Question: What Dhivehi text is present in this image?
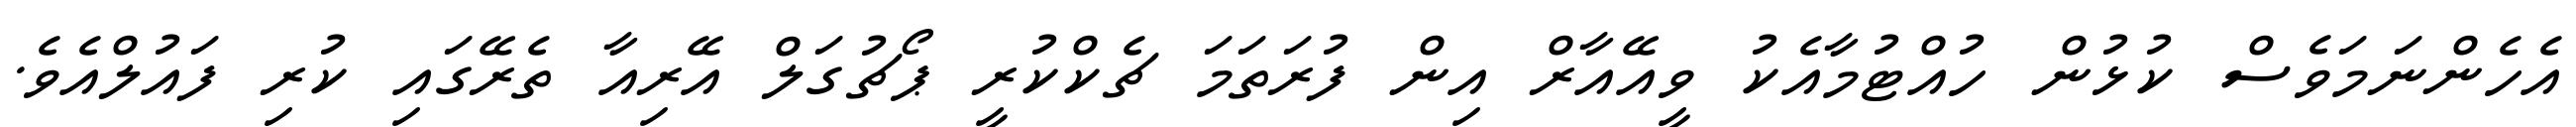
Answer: އެހެންނަމަވެސް ކުޅުން ހުއްޓުމާއެކު ވީއޭއާރް އިން ފުރަތަމަ ޗެކްކުރީ ޕޯޗުގަލް އޭރިއާ ތެރޭގައި ކުރި ފައުލްއެވެ.